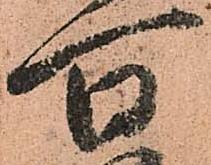
百